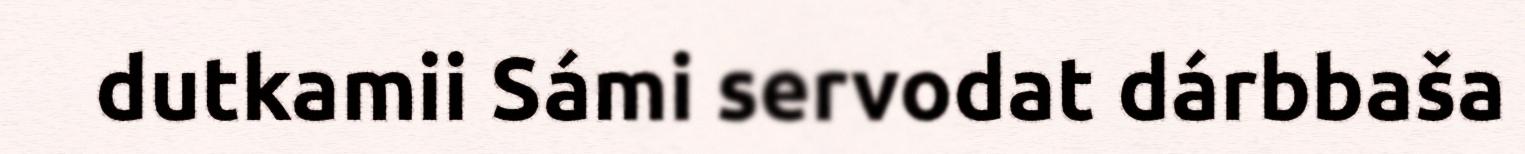
dutkamii Sámi servodat dárbbaša